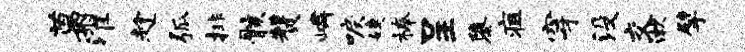
葛濯趁弧排骸赞嶙唳婕榛呈隳疽穿没交漱擘